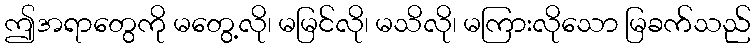
ဤအရာတွေကို မတွေ့လို၊ မမြင်လို၊ မသိလို၊ မကြားလိုသော မြခက်သည်